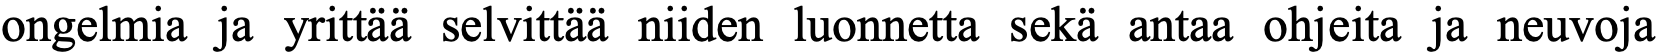
ongelmia ja yrittää selvittää niiden luonnetta sekä antaa ohjeita ja neuvoja